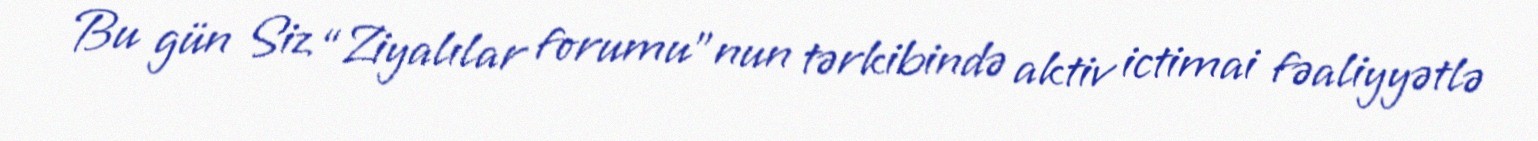
Bu gün Siz “Ziyalılar forumu”nun tərkibində aktiv ictimai fəaliyyətlə